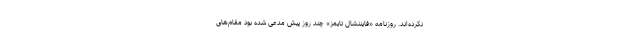
نکرده‌اند. روزنامه «فایننشال تایمز» چند روز پیش مدعی شده بود مقام‌های